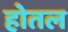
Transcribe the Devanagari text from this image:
होतल